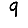
Digit: 9